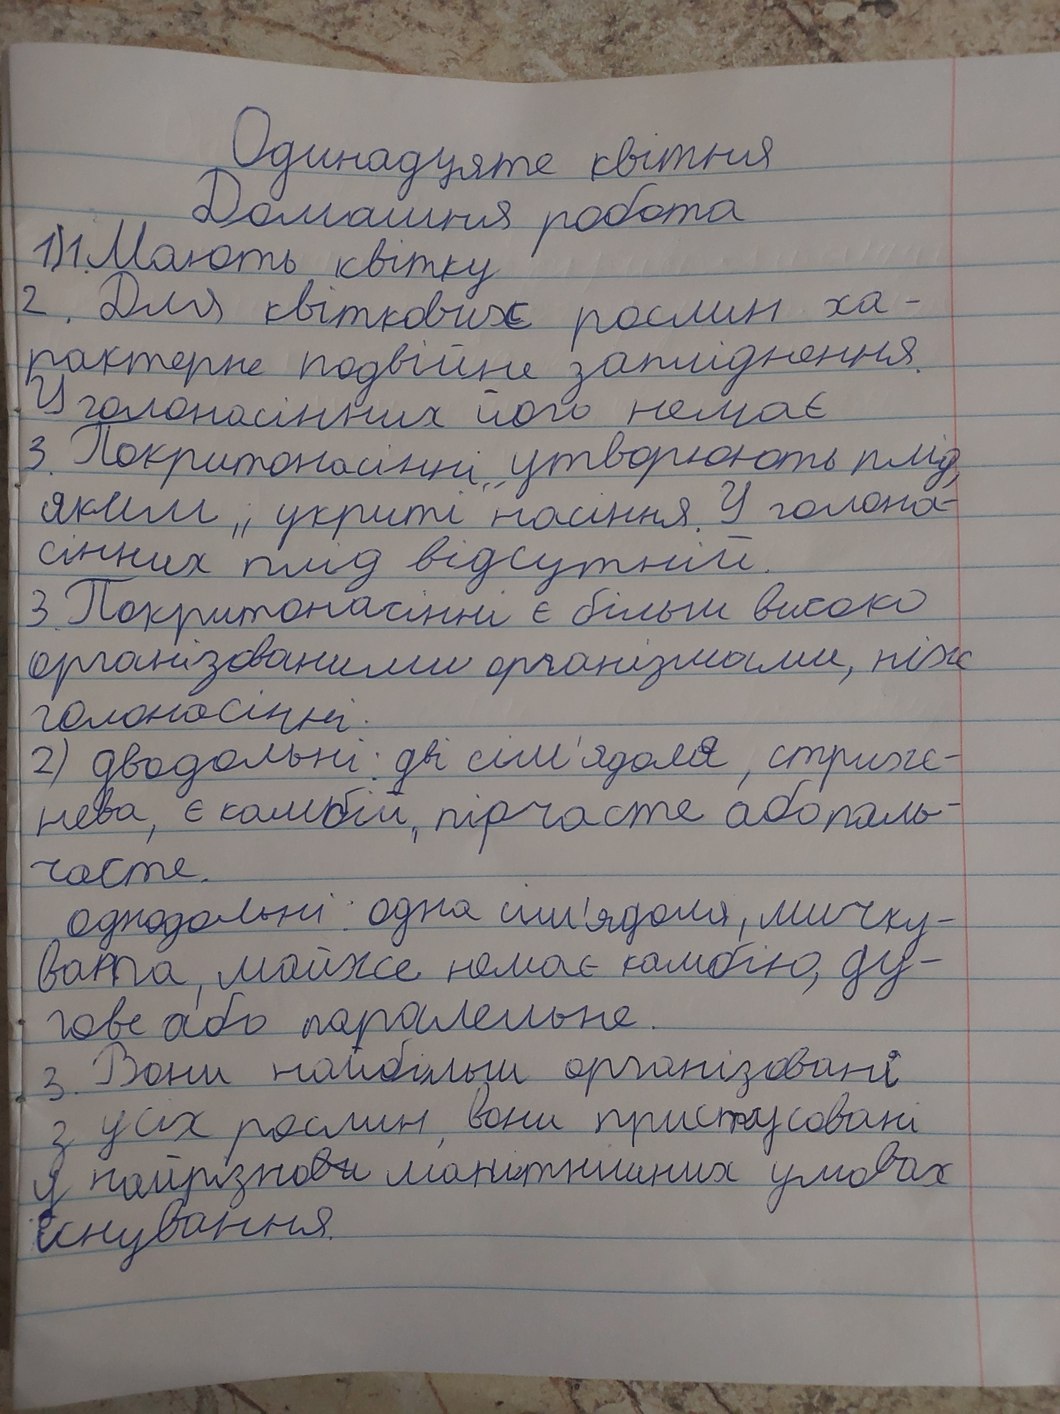
Одинадцяте квітня
Домашня робота
1) 1 Мають квітку
2. Для квіткових рослин ха-
характерне подвійне запліднення.
У голонасінних його немає
3. Покритонасінні утворюють плід
яким й укриті насіння. У голона-
сінних плід відсутній.
3. Покритонасінні є більш високо
організованими організмами, ніж
голонасінні.
2) дводольні: дві свм'ядоля, стриж-
нева, є комбій, пірчасте абопаль-
часте
однодольні: одна сім'ядоля, мичку-
вата, майже немає камбію, ду-
гове або паралельне
3. Вони найбільші організувані
з усіх рослин вони пристусовані
у найрізно~~ви~~манітниних умовах
існування.